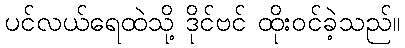
ပင်လယ်ရေထဲသို့ ဒိုင်ဗင် ထိုးဝင်ခဲ့သည်။